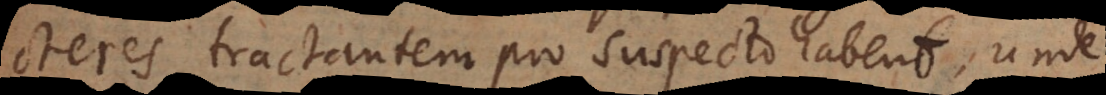
cteres tractantem pro suspecto habent, unde